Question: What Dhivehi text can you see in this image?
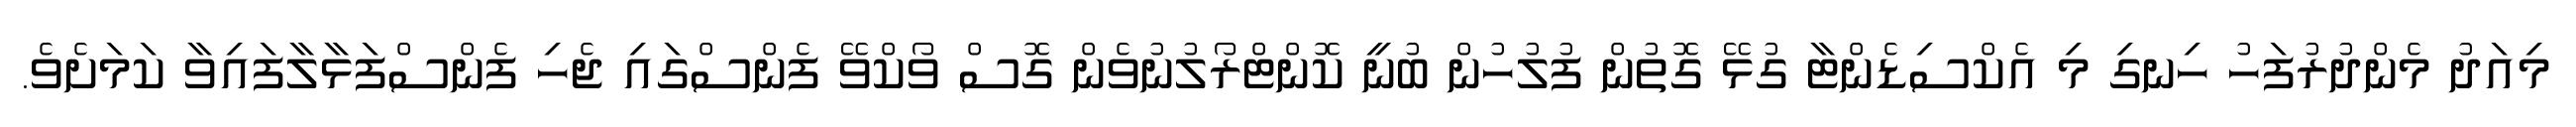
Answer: މިއަދު މެންދުރުފަހު ހިނގި މި އެކްސިޑެންޓާ ގުޅޭ ގޮތުން ފުލުހުން ބުނީ ކޮންޓްރޯލުނުވެން ގޮސް ވޯކްވޭ ފެންސްގައި ޖެހި ފެންސްފަޅާލާފައިވާ ކަމަށެވެ.